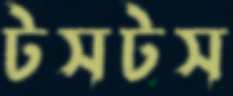
টসটস